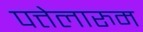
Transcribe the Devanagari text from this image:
पत्तेलारुम